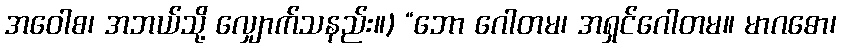
အဝေါစ၊ အဘယ်သို့ လျှောက်သနည်း။) “ဘော ဂေါတမ၊ အရှင်ဂေါတမ။ မာဂဓော၊